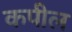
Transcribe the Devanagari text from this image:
कपील